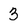
Character: 3